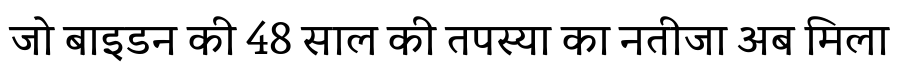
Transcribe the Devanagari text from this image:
जो बाइडन की 48 साल की तपस्या का नतीजा अब मिला